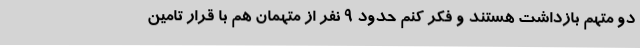
دو متهم بازداشت هستند و فکر کنم حدود 9 نفر از متهمان هم با قرار تامین